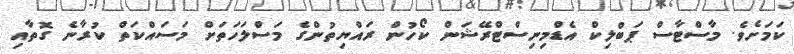
ކަމަށެވެ. މާސްޓާސް ޕަބްލިކް އެޑްމިނިސްޓްރޭޝަން ކޯހުން ރައްޔިތުންގެ މަސްލަހަތަށް މަސައްކަތް ކުރާނެ ގޮތާއި